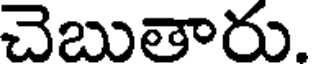
చెబుతారు.